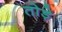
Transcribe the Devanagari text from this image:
तो़ड़े